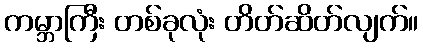
ကမ္ဘာကြီး တစ်ခုလုံး တိတ်ဆိတ်လျက်။